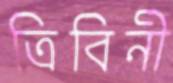
ত্রিবিনী